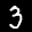
Label: 3